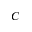
C